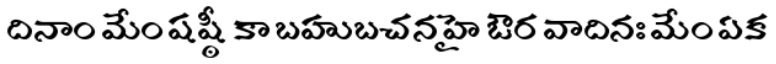
దినాం మేం షష్ఠీ కా బహుబచన హై ఔర వాదినః మేం ఏక